Language: tamil
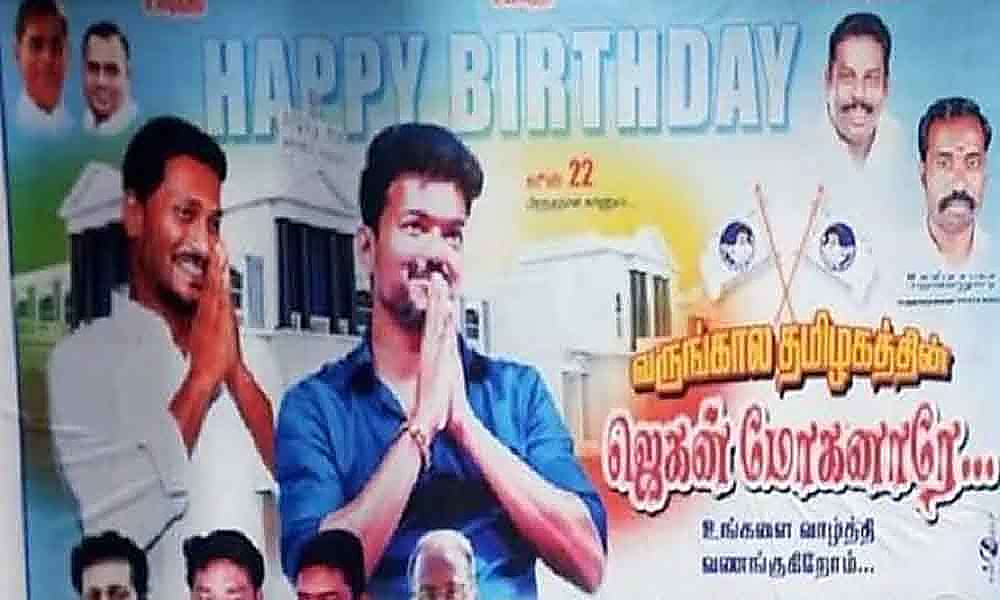
Transcription: வணங்குகிறோம் தமிழகத்தில் மோகனாரே உங்களை வருங்கால வாழ்த்தி ஜெகன்